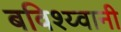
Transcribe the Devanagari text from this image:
बविश्य्वानी